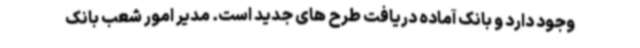
وجود دارد و بانک آماده دریافت طرح های جدید است. مدیر امور شعب بانک